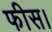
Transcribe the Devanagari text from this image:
फीस।